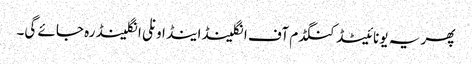
پھر یہ یونائیٹڈ کنگڈم آف انگلینڈ اینڈ اونلی انگلینڈ رہ جائے گی۔